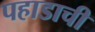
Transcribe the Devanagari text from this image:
पहाडाची